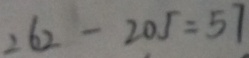
2 6 2 - 2 0 5 = 5 7